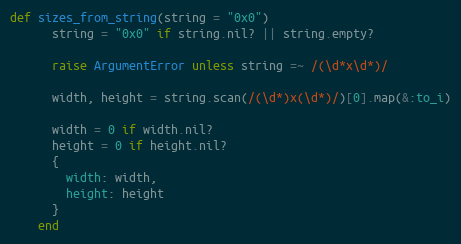
Language: Ruby
def sizes_from_string(string = "0x0")
      string = "0x0" if string.nil? || string.empty?

      raise ArgumentError unless string =~ /(\d*x\d*)/

      width, height = string.scan(/(\d*)x(\d*)/)[0].map(&:to_i)

      width = 0 if width.nil?
      height = 0 if height.nil?
      {
        width: width,
        height: height
      }
    end